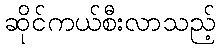
ဆိုင်ကယ်စီးလာသည့်